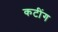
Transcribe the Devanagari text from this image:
कटींग